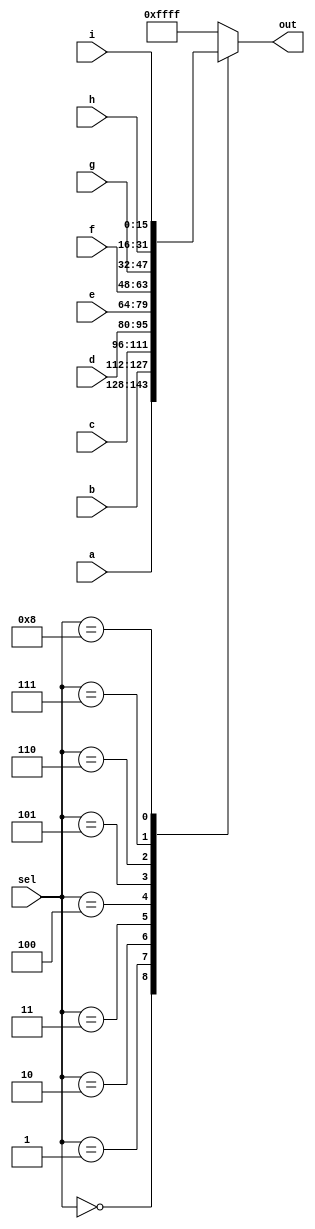
module top_module( 
    input [15:0] a, b, c, d, e, f, g, h, i,
    input [3:0] sel,
    output reg [15:0] out );
    
    always @(*) begin
        case(sel)
            4'b0000 : out = a;
            4'b0001 : out = b;
            4'b0010 : out = c;            
            4'b0011 : out = d;
            4'b0100 : out = e;
            4'b0101 : out = f;
            4'b0110 : out = g;
            4'b0111 : out = h;
            4'b1000 : out = i;
            default: out = {16{1'b1}};
        endcase
    end

endmodule